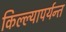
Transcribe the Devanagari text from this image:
किल्ल्यापर्यन्त